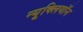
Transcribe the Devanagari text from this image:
न्यूक्लियॉन